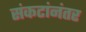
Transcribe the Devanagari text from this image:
संकटांनंतर